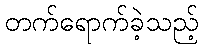
တက်ရောက်ခဲ့သည့်